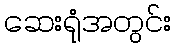
ဆေးရုံအတွင်း